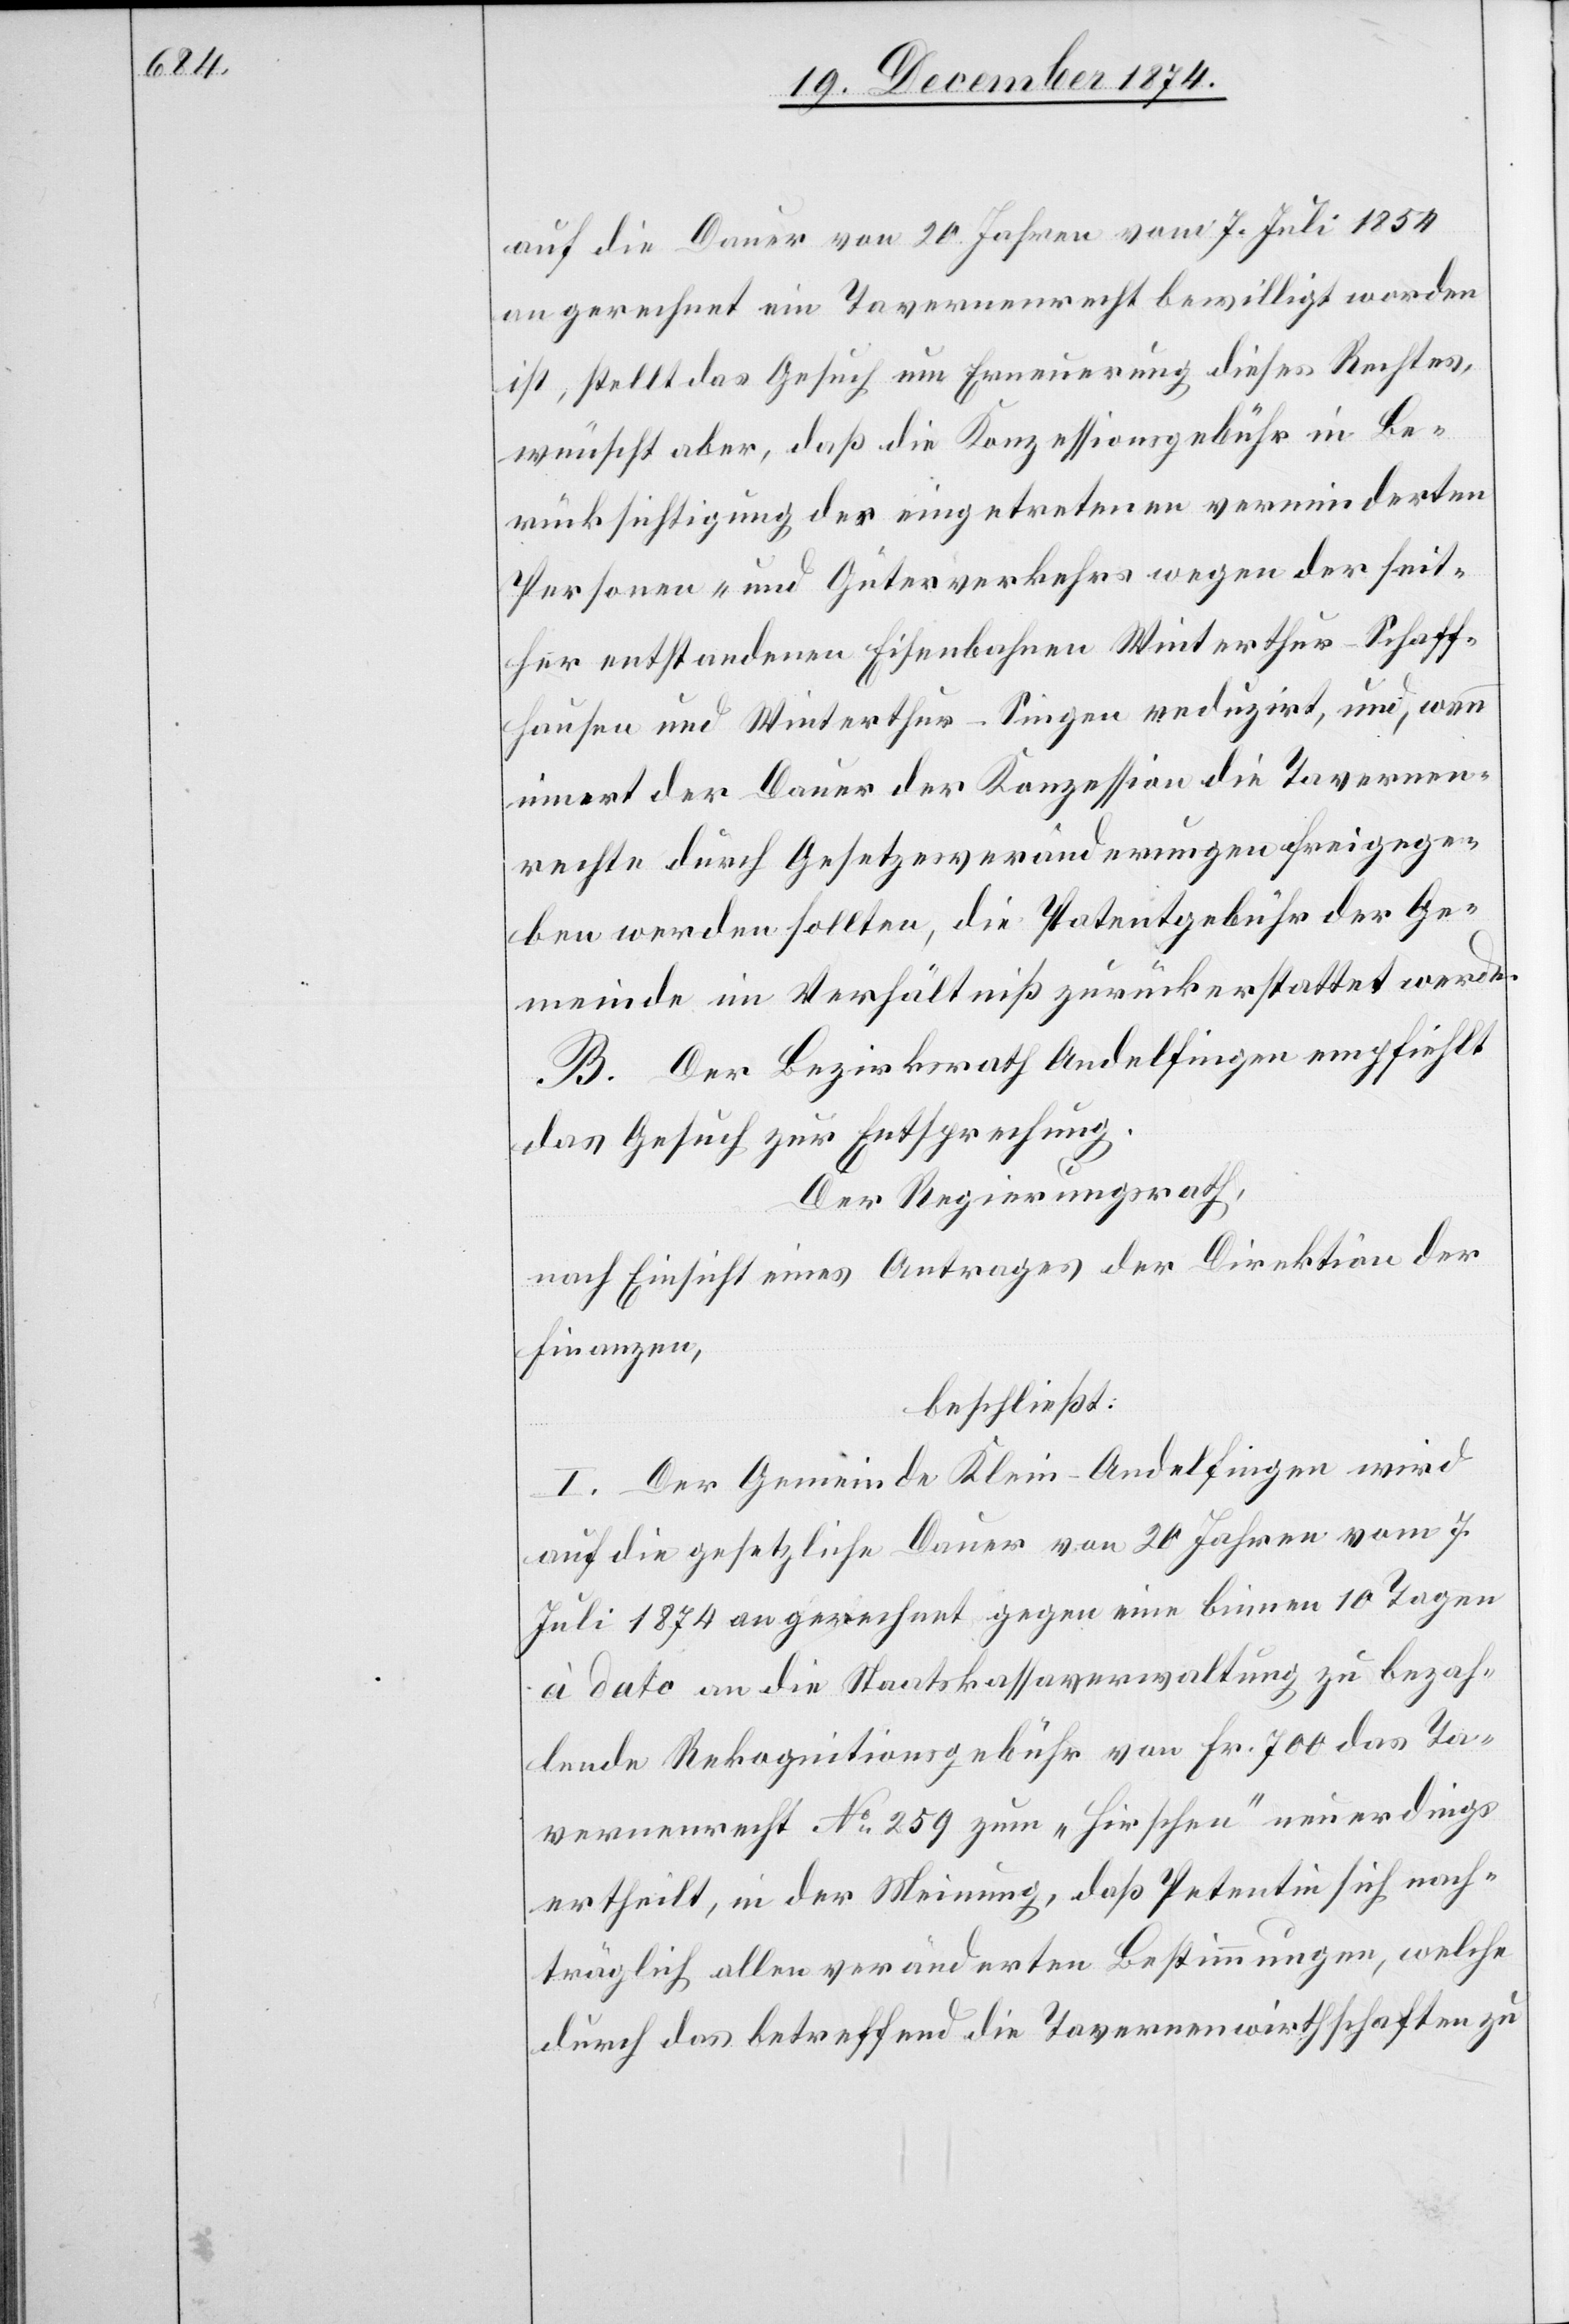
auf die Dauer von 20 Jahren vom 7. Juli 1854
angerechnet ein Tavernenrecht bewilligt worden
ist, stellt das Gesuch um Erneuerung dieses Rechtes,
wünscht aber, daß die Konzessionsgebühr in Be¬
rücksichtigung der eingetretenen verminderten
Personen- und Güterverkehrs wegen der seit¬
her entstandenen Eisenbahnen Winterthur–Schaff¬
hausen und Winterthur–Singen reduzirt, und, wenn
innert der Dauer der Konzession die Tavernen¬
rechte durch Gesetzesveränderungen freigege¬
ben werden sollten, die Patentgebühr der Ge¬
meinde im Verhältniß zurückerstattet werde.
B. Der Bezirksrath Andelfingen empfiehlt
das Gesuch zur Entsprechung.
Der Regierungsrath,
nach Einsicht eines Antrages der Direktion der
Finanzen,
beschließt:
I. Der Gemeinde Klein-Andelfingen wird
auf die gesetzliche Dauer von 20 Jahren vom 7.
Juli 1874 an gerechnet gegen eine binnen 10 Tagen
à dato an die Staatskassaverwaltung zu bezah¬
lende Rekognitionsgebühr von Fr. 700 das Ta¬
vernenrecht No 259 zum „Hirschen“ neuerdings
ertheilt, in der Meinung, daß Petentin sich nach¬
träglich allen veränderten Bestimmungen, welche
durch das betreffend die Tavernenwirthschaften zu